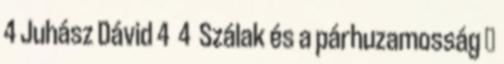
4 Juhász Dávid 4 4 Szálak és a párhuzamosság ●